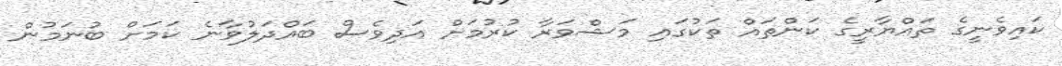
ކައިވެނީގެ ތައްޔާރީގެ ކަންތައް ތަކުގައި މަޝްވަރާ ކުރުމަށް އަދިވެސް ބައްދަލުވާނެ ކަމަށް ބުނަމުން